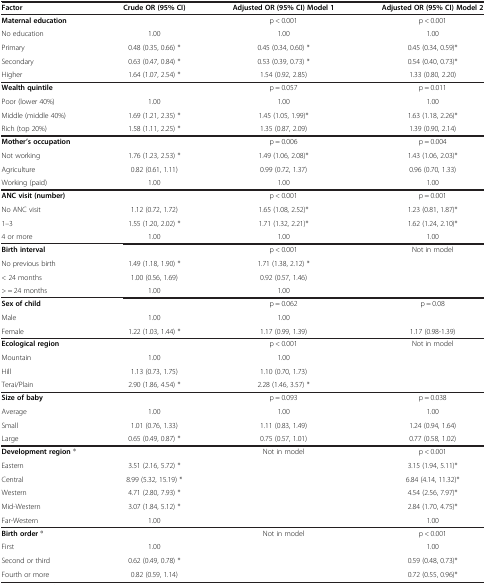
<table><thead><tr><td><b>Factor</b></td><td><b>Crude OR (95% CI)</b></td><td><b>Adjusted OR (95% CI) Model 1</b></td><td><b>Adjusted OR (95% CI) Model 2</b></td></tr></thead><tbody><tr><td><b>Maternal education</b></td><td> </td><td>p &lt; 0.001</td><td>p &lt; 0.001</td></tr><tr><td>No education</td><td>1.00</td><td>1.00</td><td>1.00</td></tr><tr><td>Primary</td><td>0.48 (0.35, 0.66) *</td><td>0.45 (0.34, 0.60) *</td><td>0.45 (0.34, 0.59)*</td></tr><tr><td>Secondary</td><td>0.63 (0.47, 0.84) *</td><td>0.53 (0.39, 0.73) *</td><td>0.54 (0.40, 0.73)*</td></tr><tr><td>Higher</td><td>1.64 (1.07, 2.54) *</td><td>1.54 (0.92, 2.85)</td><td>1.33 (0.80, 2.20)</td></tr><tr><td><b>Wealth quintile</b></td><td> </td><td>p = 0.057</td><td>p = 0.011</td></tr><tr><td>Poor (lower 40%)</td><td>1.00</td><td>1.00</td><td>1.00</td></tr><tr><td>Middle (middle 40%)</td><td>1.69 (1.21, 2.35) *</td><td>1.45 (1.05, 1.99)*</td><td>1.63 (1.18, 2.26)*</td></tr><tr><td>Rich (top 20%)</td><td>1.58 (1.11, 2.25) *</td><td>1.35 (0.87, 2.09)</td><td>1.39 (0.90, 2.14)</td></tr><tr><td><b>Mother’s occupation</b></td><td> </td><td>p = 0.006</td><td>p = 0.004</td></tr><tr><td>Not working</td><td>1.76 (1.23, 2.53) *</td><td>1.49 (1.06, 2.08)*</td><td>1.43 (1.06, 2.03)*</td></tr><tr><td>Agriculture</td><td>0.82 (0.61, 1.11)</td><td>0.99 (0.72, 1.37)</td><td>0.96 (0.70, 1.33)</td></tr><tr><td>Working (paid)</td><td>1.00</td><td>1.00</td><td>1.00</td></tr><tr><td><b>ANC visit (number)</b></td><td> </td><td>p &lt; 0.001</td><td>p = 0.001</td></tr><tr><td>No ANC visit</td><td>1.12 (0.72, 1.72)</td><td>1.65 (1.08, 2.52)*</td><td>1.23 (0.81, 1.87)*</td></tr><tr><td>1–3</td><td>1.55 (1.20, 2.02) *</td><td>1.71 (1.32, 2.21)*</td><td>1.62 (1.24, 2.10)*</td></tr><tr><td>4 or more</td><td>1.00</td><td>1.00</td><td>1.00</td></tr><tr><td><b>Birth interval</b></td><td> </td><td>p &lt; 0.001</td><td>Not in model</td></tr><tr><td>No previous birth</td><td>1.49 (1.18, 1.90) *</td><td>1.71 (1.38, 2.12) *</td><td> </td></tr><tr><td>&lt; 24 months</td><td>1.00 (0.56, 1.69)</td><td>0.92 (0.57, 1.46)</td><td> </td></tr><tr><td>&gt; = 24 months</td><td>1.00</td><td>1.00</td><td> </td></tr><tr><td><b>Sex of child</b></td><td> </td><td>p = 0.062</td><td>p = 0.08</td></tr><tr><td>Male</td><td>1.00</td><td>1.00</td><td> </td></tr><tr><td>Female</td><td>1.22 (1.03, 1.44) *</td><td>1.17 (0.99, 1.39)</td><td>1.17 (0.98-1.39)</td></tr><tr><td><b>Ecological region</b></td><td> </td><td>p &lt; 0.001</td><td>Not in model</td></tr><tr><td>Mountain</td><td>1.00</td><td>1.00</td><td> </td></tr><tr><td>Hill</td><td>1.13 (0.73, 1.75)</td><td>1.10 (0.70, 1.73)</td><td> </td></tr><tr><td>Terai/Plain</td><td>2.90 (1.86, 4.54) *</td><td>2.28 (1.46, 3.57) *</td><td> </td></tr><tr><td><b>Size of baby</b></td><td> </td><td>p = 0.093</td><td>p = 0.038</td></tr><tr><td>Average</td><td>1.00</td><td>1.00</td><td>1.00</td></tr><tr><td>Small</td><td>1.01 (0.76, 1.33)</td><td>1.11 (0.83, 1.49)</td><td>1.24 (0.94, 1.64)</td></tr><tr><td>Large</td><td>0.65 (0.49, 0.87) *</td><td>0.75 (0.57, 1.01)</td><td>0.77 (0.58, 1.02)</td></tr><tr><td><b>Development region</b> ®</td><td> </td><td>Not in model</td><td>p &lt; 0.001</td></tr><tr><td>Eastern</td><td>3.51 (2.16, 5.72) *</td><td> </td><td>3.15 (1.94, 5.11)*</td></tr><tr><td>Central</td><td>8.99 (5.32, 15.19) *</td><td> </td><td>6.84 (4.14, 11.32)*</td></tr><tr><td>Western</td><td>4.71 (2.80, 7.93) *</td><td> </td><td>4.54 (2.56, 7.97)*</td></tr><tr><td>Mid-Western</td><td>3.07 (1.84, 5.12) *</td><td> </td><td>2.84 (1.70, 4.75)*</td></tr><tr><td>Far-Western</td><td>1.00</td><td> </td><td>1.00</td></tr><tr><td><b>Birth order</b> ®</td><td> </td><td>Not in model</td><td>p &lt; 0.001</td></tr><tr><td>First</td><td>1.00</td><td> </td><td>1.00</td></tr><tr><td>Second or third</td><td>0.62 (0.49, 0.78) *</td><td> </td><td>0.59 (0.48, 0.73)*</td></tr><tr><td>Fourth or more</td><td>0.82 (0.59, 1.14)</td><td> </td><td>0.72 (0.55, 0.96)*</td></tr></tbody></table>